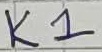
Text: K1